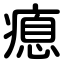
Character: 瘜